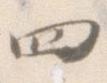
四